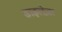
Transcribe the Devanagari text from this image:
डाइलेज़र